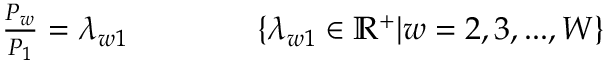
\begin{array} { r } { \frac { P _ { w } } { P _ { 1 } } = \lambda _ { w 1 } \qquad \qquad \{ \lambda _ { w 1 } \in \mathbb { R } ^ { + } | w = 2 , 3 , . . . , W \} } \end{array}